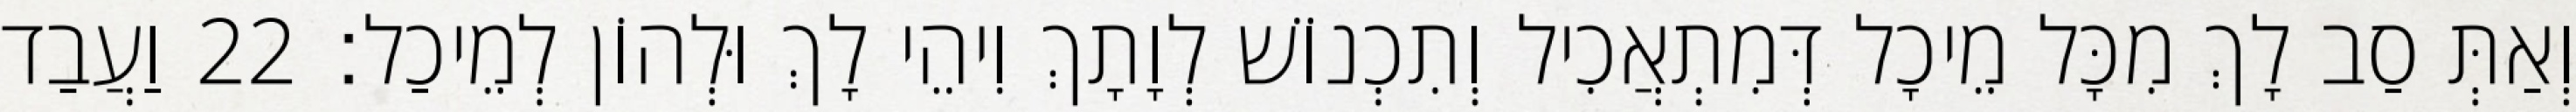
וְאַתְּ סַב לָךְ מִכָּל מֵיכָל דְּמִתְאֲכִיל וְתִכְנוֹשׁ לְוָתָךְ וִיהֵי לָךְ וּלְהוֹן לְמֵיכַל׃ 22 וַעֲבַד